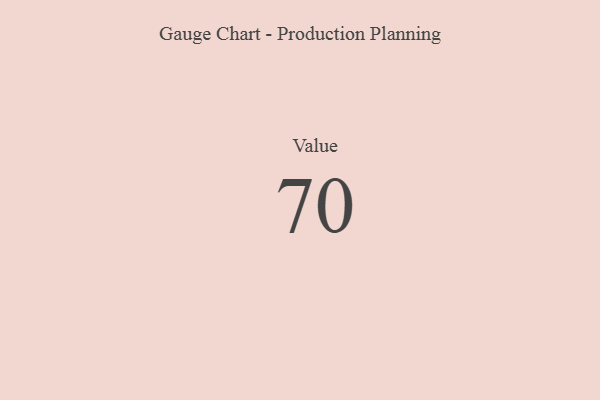
{"axis": {"x": "Metric", "y": "Value"}, "legend": [""], "data": [{"x": "Value", "y": 70, "type": ""}]}